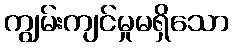
ကျွမ်းကျင်မှုမရှိသော